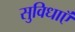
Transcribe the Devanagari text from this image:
सुविधाऍं